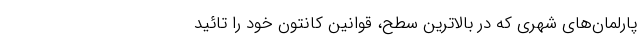
پارلمان‌های شهری که در بالاترین سطح، قوانینِ کانتونِ خود را تائید